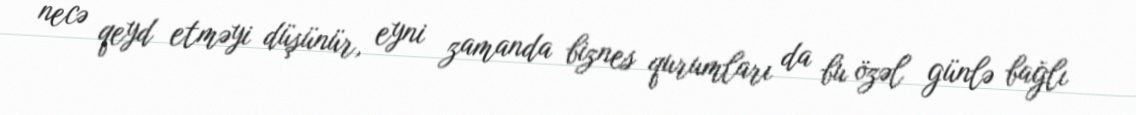
necə qeyd etməyi düşünür, eyni zamanda biznes qurumları da bu özəl günlə bağlı